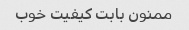
ممنون بابت کیفیت خوب